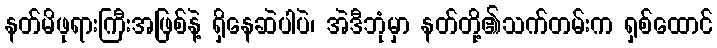
နတ်မိဖုရားကြီးအဖြစ်နဲ့ ရှိနေဆဲပါပဲ၊ အဲဒီဘုံမှာ နတ်တို့၏သက်တမ်းက ရှစ်ထောင်